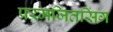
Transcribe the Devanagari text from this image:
परमजितसिंग